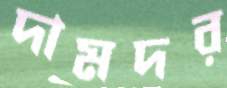
দামদর